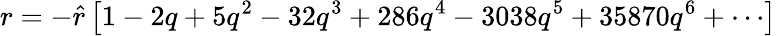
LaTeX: r=-{\hat{r}}\left[1-2q+5q^{2}-32q^{3}+286q^{4}-3038q^{5}+35870q^{6}+\cdots\right]